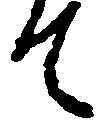
て